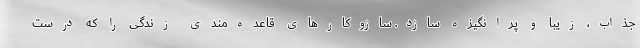
جذاب، زیبا و پرانگیزه سازد. سازوکارهای قاعده‌مندی زندگی را که درست